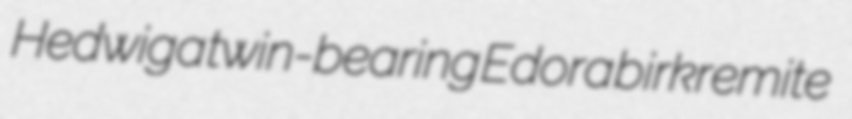
Hedwiga twin-bearing Edora birkremite